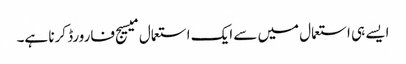
ایسے ہی استعمال میں سے ایک استعمال میسیج فارورڈ کرنا ہے۔